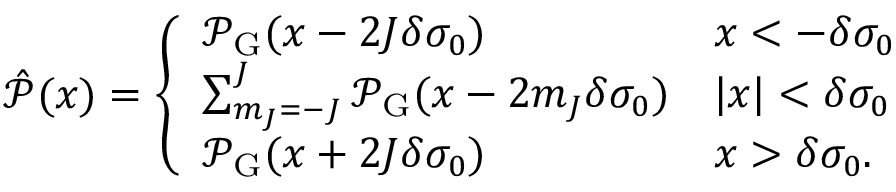
\hat { \mathcal { P } } ( x ) = \left\{ \begin{array} { l l } { \mathcal { P } _ { \mathrm { G } } ( x - 2 J \delta \sigma _ { 0 } ) } & { x < - \delta \sigma _ { 0 } } \\ { \sum _ { m _ { J } = - J } ^ { J } \mathcal { P } _ { \mathrm { G } } ( x - 2 m _ { J } \delta \sigma _ { 0 } ) } & { | x | < \delta \sigma _ { 0 } } \\ { \mathcal { P } _ { \mathrm { G } } ( x + 2 J \delta \sigma _ { 0 } ) } & { x > \delta \sigma _ { 0 } . } \end{array} \right.